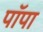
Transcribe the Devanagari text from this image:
पॉपा